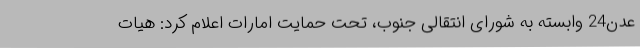
عدن24 وابسته به شورای انتقالی جنوب، تحت حمایت امارات اعلام کرد: هیات